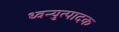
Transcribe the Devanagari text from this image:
ध्वन्युत्पादक